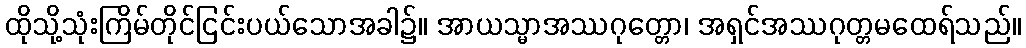
ထိုသို့သုံးကြိမ်တိုင်ငြင်းပယ်သောအခါ၌။ အာယသ္မာအဿဂုတ္တော၊ အရှင်အဿဂုတ္တမထေရ်သည်။